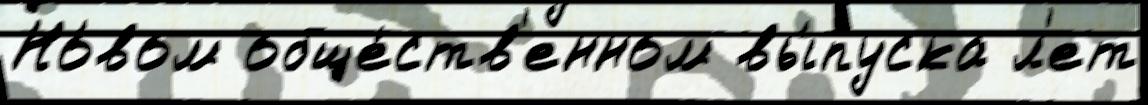
Но́вом обще́ств'енном вы́пуска л'ет